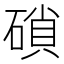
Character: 𥔭